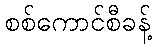
စစ်ကောင်စီခန့်